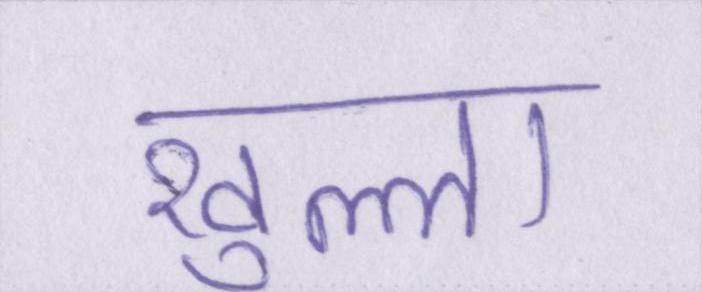
खुल्ला